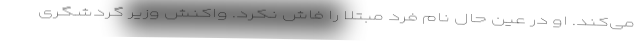
می‌کند. او در عین حال نام فرد مبتلا را فاش نکرد. واکنش وزیر گردشگری